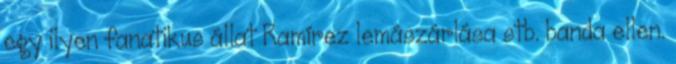
egy ilyen fanatikus állat Ramírez lemászárlása stb. banda ellen.